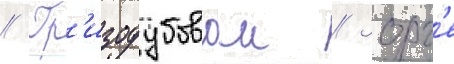
// Гр'изодубовои // Зорг'е